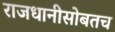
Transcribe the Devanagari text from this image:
राजधानीसोबतच